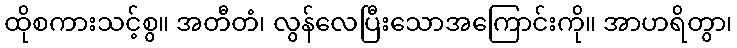
ထိုစကားသင့်စွ။ အတီတံ၊ လွန်လေပြီးသောအကြောင်းကို။ အာဟရိတွာ၊